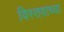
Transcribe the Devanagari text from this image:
विस्तवाच्या